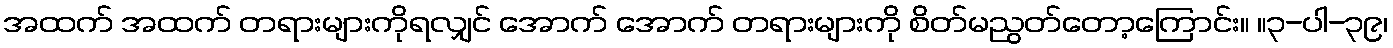
အထက် အထက် တရားများကိုရလျှင် အောက် အောက် တရားများကို စိတ်မညွတ်တော့ကြောင်း။ ။၃-ပါ-၃၉၊